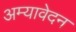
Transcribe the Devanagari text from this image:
अम्यावेदन